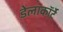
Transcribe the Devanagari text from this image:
डेलाकॉर्टे